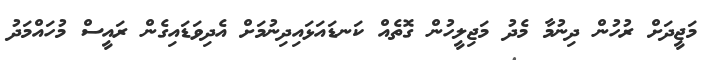
މަޖީދަށް ރުހުން ދިނުމާ މެދު މަޖިލީހުން ގޮތެއް ކަނޑައަޅައިދިނުމަށް އެދިވަޑައިގެން ރައީސް މުހައްމަދު